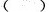
（）